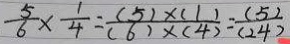
\frac { 5 } { 6 } \times \frac { 1 } { 4 } = \frac { ( 5 ) \times ( 1 ) } { ( 6 ) \times ( 4 ) } = \frac { ( 5 ) } { ( 2 4 ) }